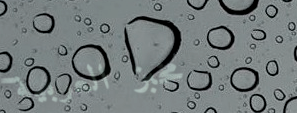
مخبز العربية